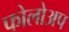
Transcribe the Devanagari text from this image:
फोलोअप